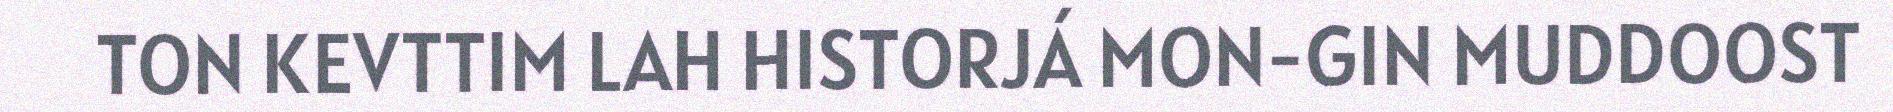
TON KEVTTIM LAH HISTORJÁ MON-GIN MUDDOOST